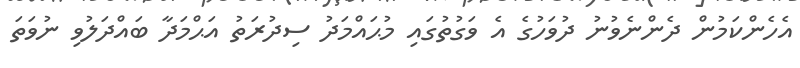
އެހެންކަމުން ދެންނެވުނު ދުވަހުގެ އެ ވަގުތުގައި މުޙައްމަދު ސިދުރަތު އަޙްމަދާ ބައްދަލުވި ނުވަތަ